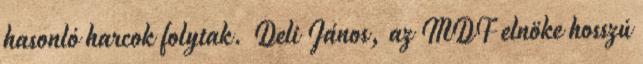
hasonló harcok folytak. Deli János, az MDF elnöke hosszú